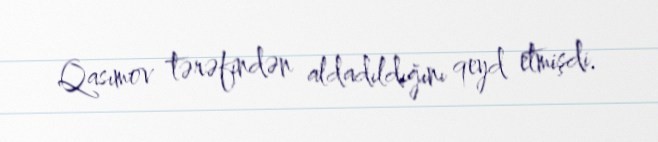
Qasımov tərəfindən aldadıldığını qeyd etmişdi.